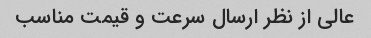
عالی از نظر ارسال سرعت و قیمت مناسب